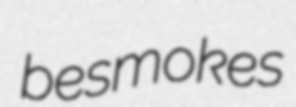
besmokes